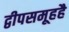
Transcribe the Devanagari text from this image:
द्वीपसमूहहै